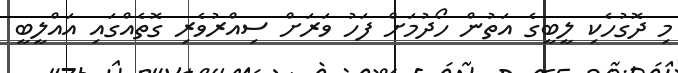
މި ދޮގުހެކި ލީބީގެ އަތުން ހޯދުމަށް ފަހު ވަރަށް ސިއްރުވެރި ގޮތެއްގައި އައްލީބީ